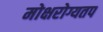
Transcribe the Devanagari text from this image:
मोक्षरोग्यतप